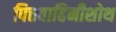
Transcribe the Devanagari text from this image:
पित्तवाहिनीशोथ